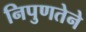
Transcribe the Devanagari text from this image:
निपुणतेने